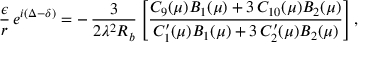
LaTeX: \frac { \epsilon } { r } \, e ^ { i ( \Delta - \delta ) } = - \, \frac { 3 } { 2 \lambda ^ { 2 } R _ { b } } \left[ \frac { C _ { 9 } ( \mu ) B _ { 1 } ( \mu ) + 3 \, C _ { 1 0 } ( \mu ) B _ { 2 } ( \mu ) } { C _ { 1 } ^ { \prime } ( \mu ) B _ { 1 } ( \mu ) + 3 \, C _ { 2 } ^ { \prime } ( \mu ) B _ { 2 } ( \mu ) } \right] ,